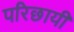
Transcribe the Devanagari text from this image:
परिछायी